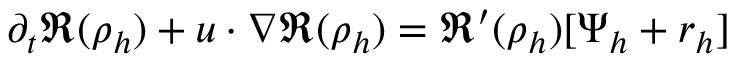
\partial _ { t } \mathfrak { R } ( \rho _ { h } ) + u \cdot \nabla \mathfrak { R } ( \rho _ { h } ) = \mathfrak { R } ^ { \prime } ( \rho _ { h } ) [ \Psi _ { h } + r _ { h } ]